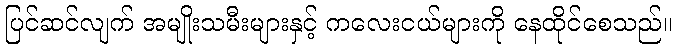
ပြင်ဆင်လျက် အမျိုးသမီးများနှင့် ကလေးငယ်များကို နေထိုင်စေသည်။